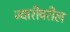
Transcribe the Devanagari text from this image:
ज्वारीवरील